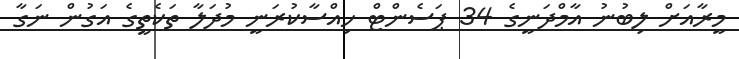
މީރާއަށް ލިބުނު އާމްދަނީގެ 34 ޕަސެންޓް ހިއްސާކުރަނީ މުދަލާ ތަކެތީގެ އަގުން ނަގާ